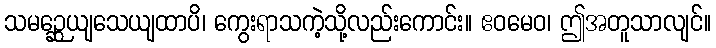
သမဉ္ဆေယျသေယျထာပိ၊ ကွေးရာသကဲ့သို့လည်းကောင်း။ ဧဝမေဝ၊ ဤအတူသာလျင်။